Indian journal of veterinary science and animal husbandry - Volumes 18-21, 1948-1951
Year: 1948
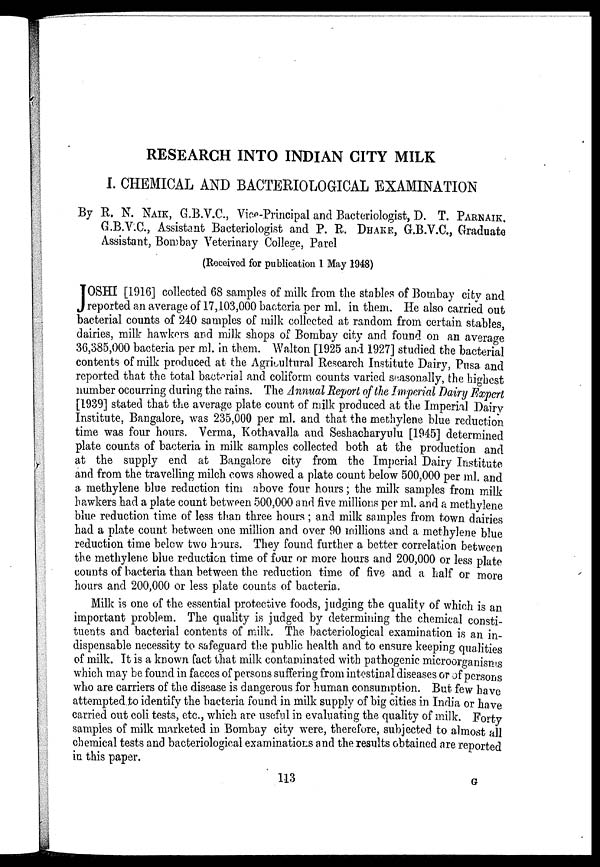
RESEARCH INTO INDIAN CITY MILK
I. CHEMICAL AND BACTERIOLOGICAL EXAMINATION
By R. N. NAIK, G.B.V.C., Vice-Principal and Bacteriologist, D. T. PARNAIK.
G.B.V.C., Assistant Bacteriologist and P. R. DHAKE, G.B.V.C., Graduate
Assistant, Bombay Veterinary College, Parel
(Received for publication 1 May 1948)
J OSHI [1916] collected 68 samples of milk from the stables of Bombay city and
reported an average of 17,103,000 bacteria per ml. in them. He also carried out
bacterial counts of 240 samples of milk collected at random from certain stables,
dairies, milk hawkers and milk shops of Bombay city and found on an average
36,385,000 bacteria per ml. in them. Walton [1925 and 1927] studied the bacterial
contents of milk produced at the Agricultural Research Institute Dairy, Pusa and
reported that the total bacterial and coliform counts varied seasonally, the highest
number occurring during the rains. The Annual Report of the Imperial Dairy Expert
[1939] stated that the average plate count of milk produced at the Imperial Dairy
Institute, Bangalore, was 235,000 per ml. and that the methylene blue reduction
time was four hours. Verma, Kothavalla and Seshacharyulu [1945] determined
plate counts of bacteria in milk samples collected both at the production and
at the supply end at Bangalore city from the Imperial Dairy Institute
and from the travelling milch cows showed a plate count below 500,000 per ml. and
a. methylene blue reduction tim above four hours; the milk samples from milk
hawkers had a plate count between 500,000 and five millions per ml. and a methylene
blue reduction time of less than three hours ; and milk samples from town dairies
had a plate count between one million and over 90 millions and a methylene blue
reduction time below two hours. They found further a better correlation between
the methylene blue reduction time of four or more hours and 200,000 or less plate
counts of bacteria than between the reduction time of five and a half or more
hours and 200,000 or less plate counts of bacteria.
Milk is one of the essential protective foods, judging the quality of which is an
important problem. The quality is judged by determining the chemical consti-
tuents and bacterial contents of milk. The bacteriological examination is an in-
dispensable necessity to safeguard the public health and to ensure keeping qualities
of milk. It is a known fact that milk contaminated with pathogenic microorganisms
which may be found in faeces of persons suffering from intestinal diseases or of persons
who are carriers of the disease is dangerous for human consumption. But few have
attempted to identify the bacteria found in milk supply of big cities in India or have
carried out coli tests, etc., which are useful in evaluating the quality of milk. Forty
samples of milk marketed in Bombay city were, therefore, subjected to almost all
chemical tests and bacteriological examinations and the results obtained are reported
in this paper.
113
G